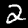
Digit: 2